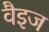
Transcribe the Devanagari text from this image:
वैइज